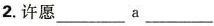
2.许愿___a___